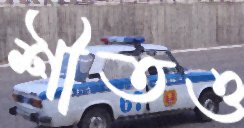
শীতও